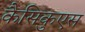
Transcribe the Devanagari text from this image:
कैसिकुएस